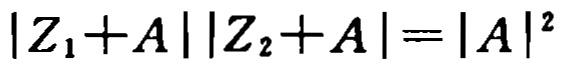
\(|Z_{1}+A||Z_{2}+A| = |A|^{2}\)